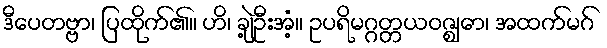
ဒီပေတဗ္ဗာ၊ ပြထိုက်၏။ ဟိ၊ ချဲ့ဦးအံ့။ ဥပရိမဂ္ဂတ္တယဝဇ္ဈော၊ အထက်မဂ်